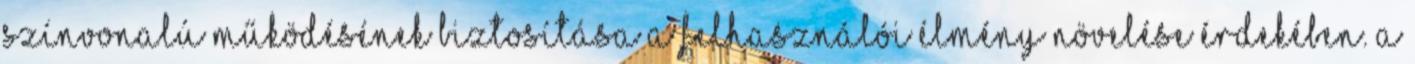
színvonalú működésének biztosítása a felhasználói élmény növelése érdekében. A